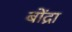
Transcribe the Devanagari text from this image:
बोंद्रा